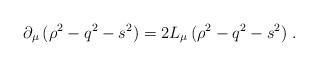
LaTeX: \begin{align*}\partial_{\mu}\,(\rho^2-q^2-s^2)=2L_{\mu}\,(\rho^2-q^2-s^2) \; .\end{align*}